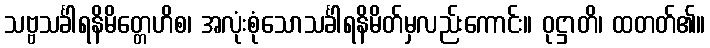
သဗ္ဗသင်္ခါရနိမိတ္တေဟိစ၊ အလုံးစုံသောသင်္ခါရနိမိတ်မှလည်းကောင်း။ ဝုဋ္ဌာတိ၊ ထတတ်၏။